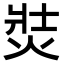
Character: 焋